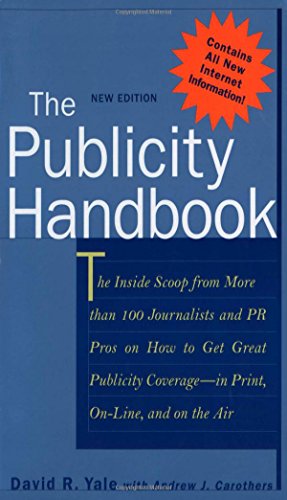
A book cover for The Publicity Handbook, New Edition : The Inside Scoop from More than 100 Journalists and PR Pros on How to Get Great Publicity Coverage; David Yale; Business & Money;